Report on malaria in the Punjab during the year ...  together with an account of the work of the Punjab Malaria Bureau - Volume 5
Disease focus: Malaria
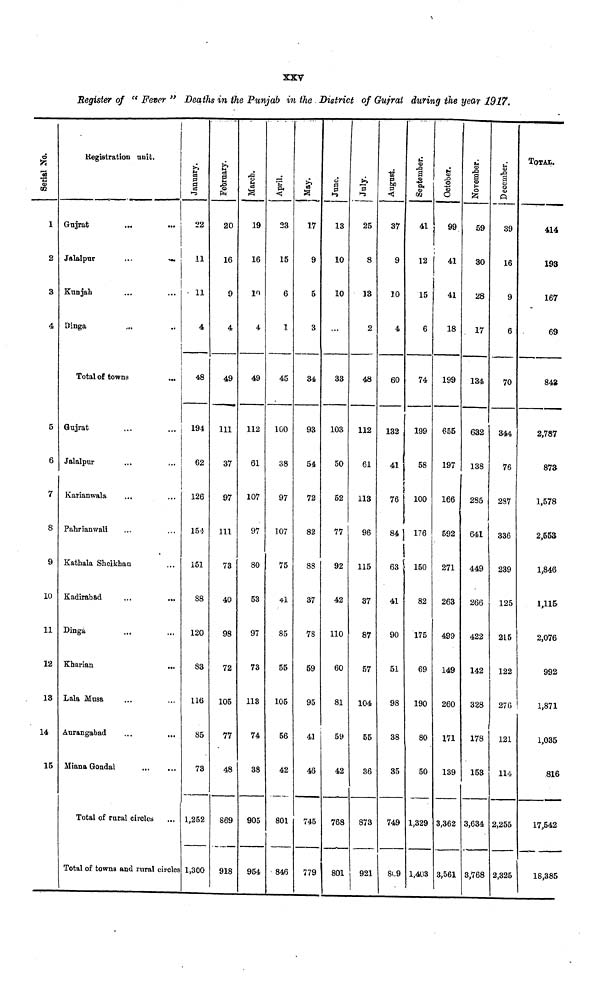
XXV
Register of " Fever " Deaths in the Punjab in the District of Gujrat during the year 1917.
Serial No.
1
2
3
4
5
6
7
8
9
10
11
12
13
14
15
Registration unit
Gujrat
Jalalpur
Kunjah
Dinga
...
..
...
Total of towns
Gujrat
Jalalpur
Karianwala
Pahrianwali
...
...
Kathala Sheikhan
Kadirabad
Dinga
Kharian
Lala Musa
Aurangabad
Miana Gondal
...
...
...
J
...
...
...
...
...
...
...
...
Total of rural circles
Total of towns and rural circles
January.
22
11
• 11
4
48
194
62
126
154
151
88
120
83
116
85
73
1,252
1,300
February.
20
16
9
4
49
111
37
97
111
73
40
98
72
105
77
48
869
918
March.
19
16
10
4
49
112
61
107
97
80
53
97
73
113
74
38
905
954
April.
23
15
6
1
45
100
38
97
107
75
41
85
55
105
56
42
801
846
May.
17
9
5
3
34
93
54
72
82
88
37
78
59
95
41
46
745
779
June.
13
10
10
...
33
103
50
52
77
92
42
110
60
81
59
42
768
801
25
8
13
2
48
112
61
113
96
115
37
87
57
104
55
36
873
921
August.
37
9
10
4
60
132
41
76
84
63
41
90
51
98
38
35
749
809
September.
41
12
i
15
6
74
199
58
100
176
150
82
175
69
190
80
50
1,329
1,403
October.
99
41
41
18
199
655
197
166
592
271
263
499
149
260
171
139
3,362
3,561
November.
I
59
30
28
17
134
632
138
285
641
449
266
422
142
328
178
153
3,634
3,768
December.
39
16
9
6
70
344
76
287
336
239
125
215
122
276
121
114
2,255
2,325
TOTAL.
414
198
167
69
848
2,787
873
1,578
2,553
1,846
1,115
2,076
992
1,871
1,035
816
17,542
18,385